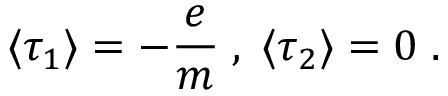
\langle \tau _ { 1 } \rangle = - \frac { e } { m } \; , \; \langle \tau _ { 2 } \rangle = 0 \; .